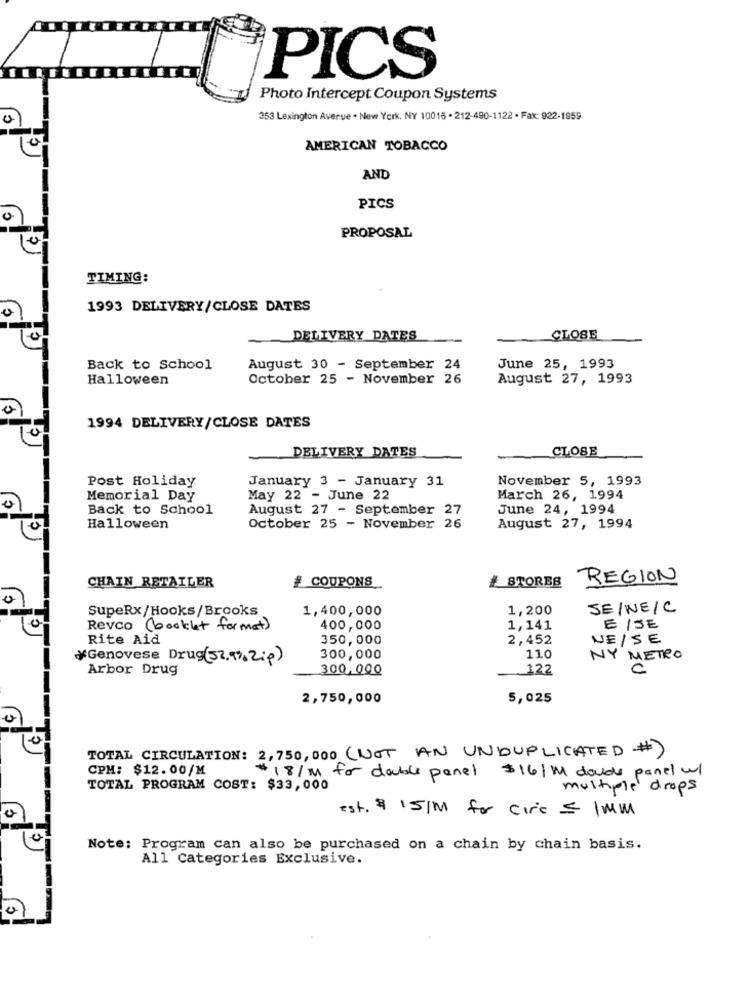
PICS
Photo Intercept Coupon Systems
353 Lexington Averue . New York, NY 10015 - 212-490-1122 . Fax: 922-1959
AMERICAN TOBACCO
AND
PICS
PROPOSAL
TIMING:
1993 DELIVERY/CLOSE DATES
DELIVERY DATES
CLOSE
Back to School
August 30 - September 24
June 25, 1993
Halloween
October 25 - November 26
August 27, 1993
1994 DELIVERY/CLOSE DATES
CLOSE
DELIVERY DATES
Post Holiday
January 3 - January 31
November 5, 1993
Memorial Day
May 22 - June 22
March 26, 1994
Back to School
August 27 - September 27
June 24, 1994
Halloween
October 25 - November 26
August 27, 1994
CHAIN RETAILER
# COUPONS
# STORES
REGION
SupeRx/Hooks/Brooks
1,400,000
1,200
SE/WE/C
Revco (booklet for met)
400,000
1,141
E/SE
Rite Aid
350,000
2,452
NE / SE
*Genovese Drug(52,9%, Zip)
300,000
110
NY METRO
Arbor Drug
300,000
.122
50
2,750,000
5,025
TOTAL CIRCULATION: 2,750,000 (NOT AN UNDUPLICATED #)
CPM: $12.00/M
#18/M for dable panel $16/M doude panel ul
TOTAL PROGRAM COST: $33,000
multiple drops
est. $ 15/M for circ = 1MM
Note: Program can also be purchased on a chain by chain basis.
All Categories Exclusive.